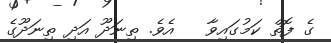
ގެ ފޮތް ކަމުގައިވާ   އެވެ. ތިނަދޫ އަދި ތިނަދޫގެ